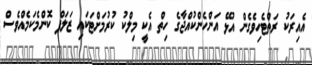
އެއިރަކު ރަތްޓެހިވެގެން އުޅޭ އަންހެންކުއްޖާގެ ހިތް އެކީ މިލްކު ކުރުމަށްޓަކައި ޒަލަފް ކޮންމެކަމެއްވެސް